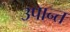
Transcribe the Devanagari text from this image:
उपान्त